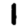
Digit: 1